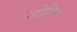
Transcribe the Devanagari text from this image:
जोरिर